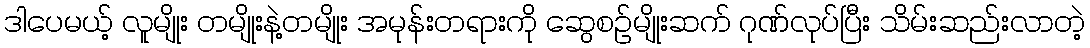
ဒါပေမယ့် လူမျိုး တမျိုးနဲ့တမျိုး အမုန်းတရားကို ဆွေစဉ်မျိုးဆက် ဂုဏ်လုပ်ပြီး သိမ်းဆည်းလာတဲ့